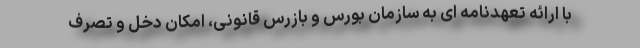
با ارائه تعهدنامه ای به سازمان بورس و بازرس قانونی، امکان دخل و تصرف